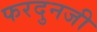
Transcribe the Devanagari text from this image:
फरदुनजी